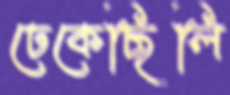
ঢেকেছিলি